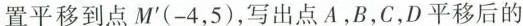
置平移到点M^{\prime}(-4，5)，写出点A，B，C，D平移后的